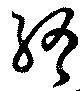
終